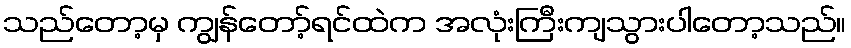
သည်တော့မှ ကျွန်တော့်ရင်ထဲက အလုံးကြီးကျသွားပါတော့သည်။